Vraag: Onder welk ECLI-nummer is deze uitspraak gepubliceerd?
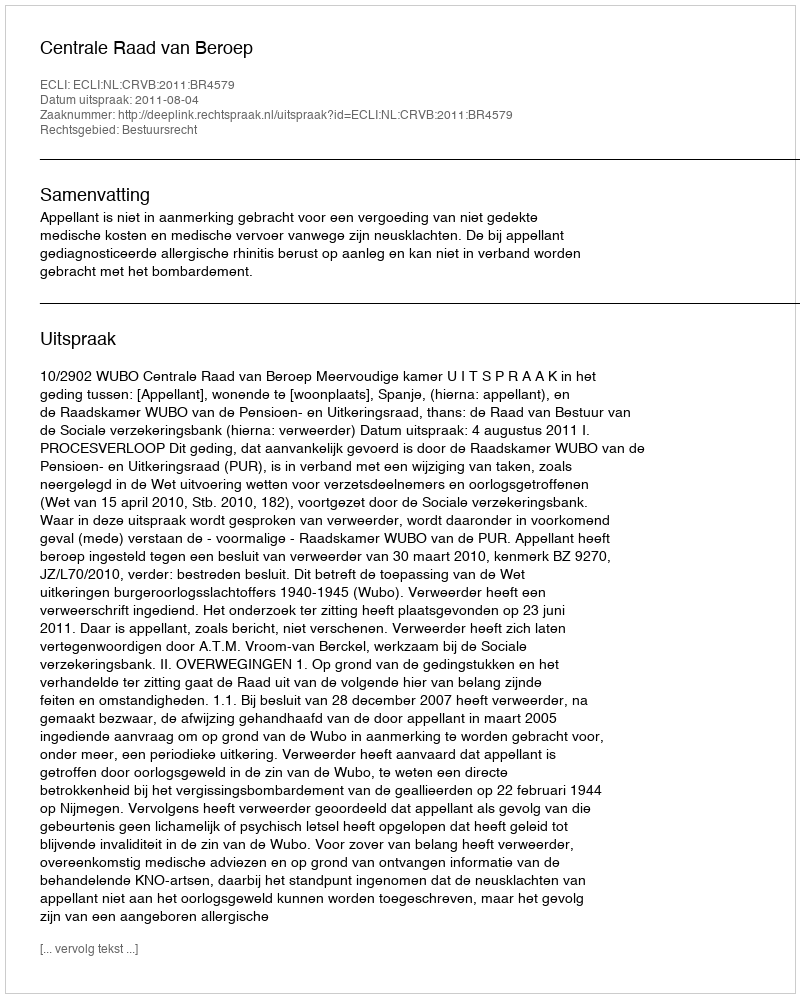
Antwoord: ECLI:NL:CRVB:2011:BR4579